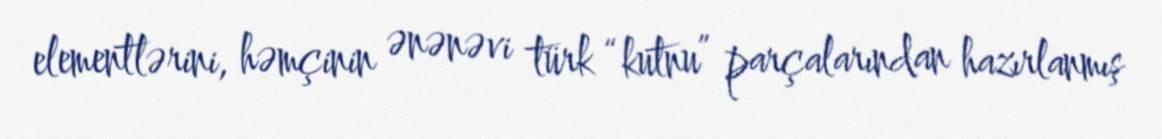
elementlərini, həmçinin ənənəvi türk “kutnu” parçalarından hazırlanmış